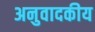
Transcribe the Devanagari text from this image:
अनुवादकीय